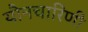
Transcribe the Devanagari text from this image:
यौनचारिणी